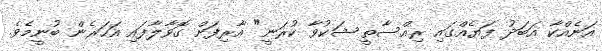
އަނެއްކާ އަބަދު ފަޔެއްގައި ރިއްސާތީ ޝަކުވާ ކުރަނީ" އާރިފަށް ގޮވާލާފައި އަހަރެން ބުނީމެވެ.